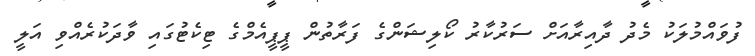
ފުވައްމުލަކު މެދު ދާއިރާއަށް ސަރުކާރު ކޯލިޝަންގެ ފަރާތުން ޕީޕީއެމްގެ ޓިކެޓުގައި ވާދަކުރެއްވި އަލީ